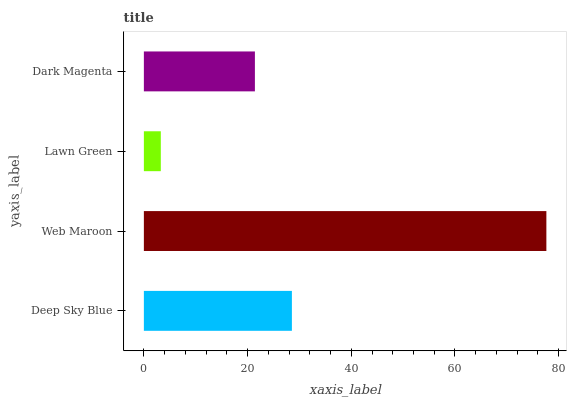
| yaxis_label | bars |
 | --- | --- |
 | Deep Sky Blue | 28.6 |
 | Web Maroon | 77.6 |
 | Lawn Green | 3.27 |
 | Dark Magenta | 21.4 |